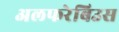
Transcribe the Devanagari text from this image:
अलफरेबिउस